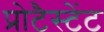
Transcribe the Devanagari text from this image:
प्रोटैस्टेंट